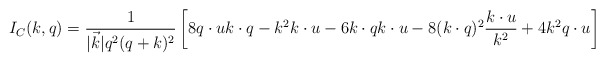
\begin{align*}I_{C}(k,q)=\frac{1}{|\vec k|q^2(q+k)^2}\left[8q\cdot u k\cdot q - k^2 k\cdot u - 6 k\cdot q k\cdot u -8(k\cdot q)^2\frac{k\cdot u}{k^2} + 4 k^2 q\cdot u\right]\end{align*}